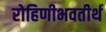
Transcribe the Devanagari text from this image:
रोहिणीभवतीर्थ